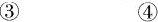
③ ④